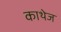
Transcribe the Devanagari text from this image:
काथेज